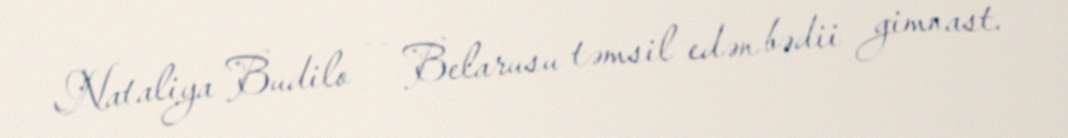
Nataliya Budilo — Belarusu təmsil edən bədii gimnast.